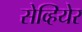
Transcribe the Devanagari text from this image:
सेव्हियेर